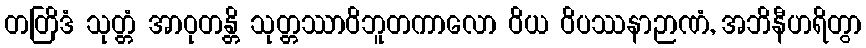
တတြိဒံ သုတ္တံ အာဝုတန္တိ သုတ္တဿာဝိဘူတကာလော ဝိယ ဝိပဿနာဉာဏံ, အဘိနီဟရိတွာ